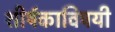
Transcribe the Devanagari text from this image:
शीर्षकाविषयी